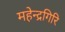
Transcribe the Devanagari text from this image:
महेन्द्रगिरि